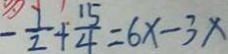
- \frac { 7 } { 2 } + \frac { 1 5 } { 4 } = 6 x - 3 x